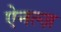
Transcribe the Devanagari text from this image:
ऐनल्ज़